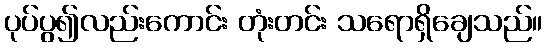
ပုပ်ပွ၍လည်းကောင်း တုံးတင်း သရောရှိချေသည်။